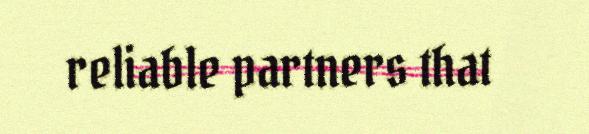
reliable partners that